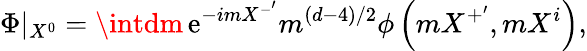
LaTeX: \Phi|_{X^{0}}=\intdm\, \mathrm{e}^{-imX^{-^{\prime}}}m^{\left(d-4\right)/2}\phi\left(mX^{+^{\prime}},mX^{i}\right),